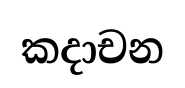
කදාචන